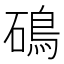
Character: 䲽